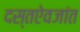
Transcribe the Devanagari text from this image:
दस्तऐवजांत